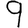
Digit: 9